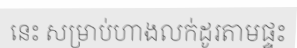
នេះ សម្រាប់ហាងលក់ដូរតាមផ្ទះ